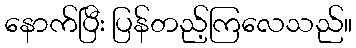
နောက်ပြီး ပြန်တည့်ကြလေသည်။